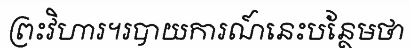
ព្រះវិហារ។របាយការណ៍នេះបន្ថែមថា